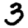
Digit: 3